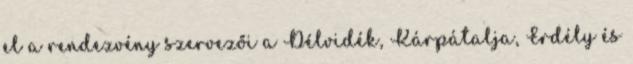
el a rendezvény szervezői a Délvidék, Kárpátalja, Erdély és